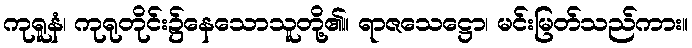
ကုရူနံ၊ ကုရုတိုင်း၌နေသောသူတို့၏။ ရာဇသေဋ္ဌော၊ မင်းမြတ်သည်ကား။